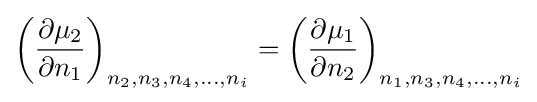
\left({\frac {\partial \mu _{2}}{\partial n_{1}}}\right)_{n_{2},n_{3},n_{4},\ldots ,n_{i}}=\left({\frac {\partial \mu _{1}}{\partial n_{2}}}\right)_{n_{1},n_{3},n_{4},\ldots ,n_{i}}